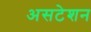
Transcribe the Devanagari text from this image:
असटेशन